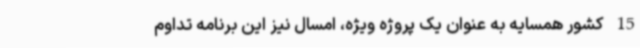
15 کشور همسایه به عنوان یک پروژه ویژه، امسال نیز این برنامه تداوم